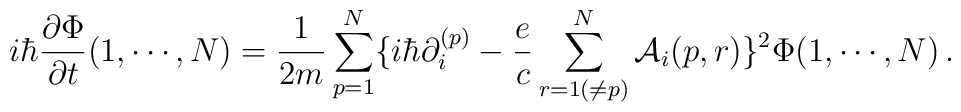
i\hbar {\partial\Phi \over \partial t} (1, \cdots, N)= {1 \over 2m} \sum^N_{p=1} \{i\hbar \partial_i^{(p)} - {e  \over c}\sum^N_{r=1(\ne p)} {\cal A}_i (p,r) \}^2\Phi(1, \cdots, N)\,.